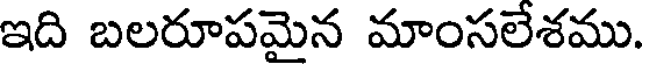
ఇది బలరూపమైన మాంసలేశము.